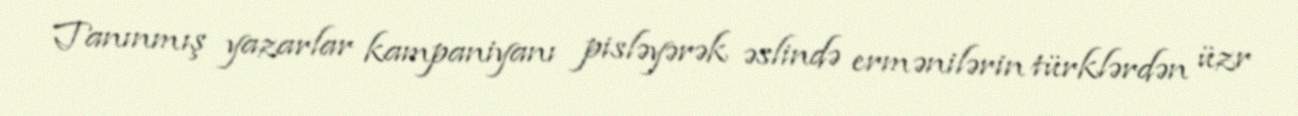
Tanınmış yazarlar kampaniyanı pisləyərək əslində ermənilərin türklərdən üzr